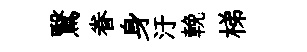
鷖眷身汙輓梯